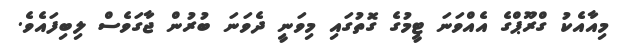
މިއާއެކު ގްރޫޕްގެ އެއްވަނަ ޓީމުގެ ގޮތުގައި މިވަނީ ދެވަނަ ބުރުން ޖާގަވެސް ލިބިފައެވެ.